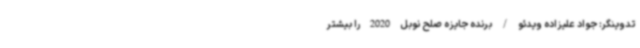
تدوینگر: جواد علیزاده ویدئو / برنده جایزه صلح نوبل 2020 را بیشتر